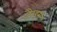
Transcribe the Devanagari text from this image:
हैरड्स